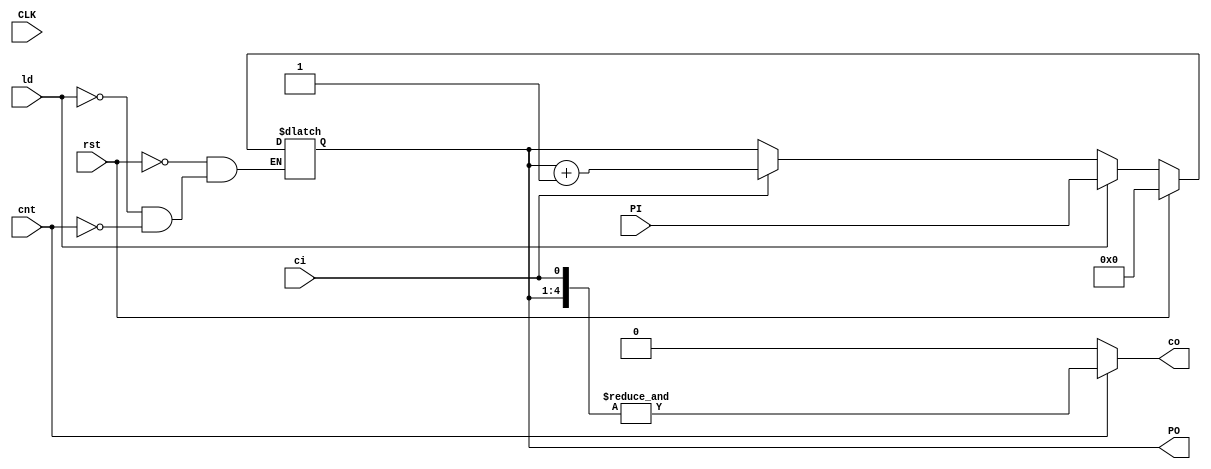

`timescale 1ns/1ns
module Cnt4bit(input [3:0] PI, input CLK,ci,cnt,rst,ld,output reg [3:0] PO, output co);
	always @(*) begin
		if(rst) PO <= 8'b0;
		else begin
			if(ld)
				PO <= PI;
			else if(cnt)
				PO <= ci ? PO + 1 : PO;
		end
	end

	assign co = cnt ? &{PO,ci} : 1'b0;
endmodule